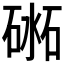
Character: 𥔨